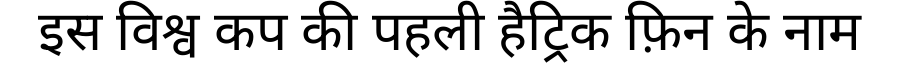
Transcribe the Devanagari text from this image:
इस विश्व कप की पहली हैट्रिक फ़िन के नाम